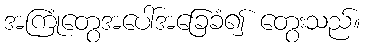
အကြုံတွေအပေါ်အခြေခံ၍ တွေးသည်။